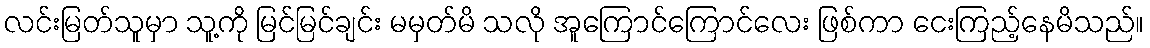
လင်းမြတ်သူမှာ သူ့ကို မြင်မြင်ချင်း မမှတ်မိ သလို အူကြောင်ကြောင်လေး ဖြစ်ကာ ငေးကြည့်နေမိသည်။